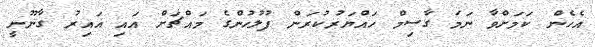
އެހެން ކަމަށްވާ ނަމަ ގާސިމް ހައްޔަރުކުރަން ފުލުހުންގެ މައްޗަށް އައި ޣައިރު ގާނޫނީ